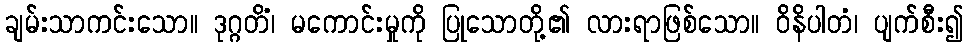
ချမ်းသာကင်းသော။ ဒုဂ္ဂတိံ၊ မကောင်းမှုကို ပြုသောတို့၏ လားရာဖြစ်သော။ ဝိနိပါတံ၊ ပျက်စီး၍